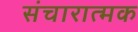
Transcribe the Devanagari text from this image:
संचारात्मक